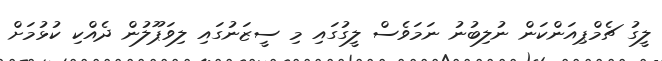
ލީގު ޗެމްޕިއަންކަން ނުލިބުނު ނަމަވެސް ލީގުގައި މި ސީޒަނުގައި ލިވަޕޫލުން ދެއްކި ކުޅުމަށް